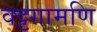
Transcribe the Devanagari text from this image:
वट्टगामणि